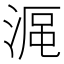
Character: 𣸰